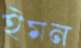
ইমন